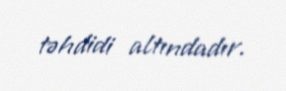
təhdidi altındadır.